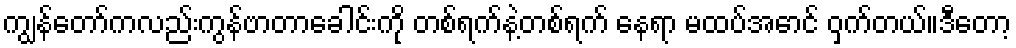
ကျွန်တော်ကလည်းကွန်ဗာတာခေါင်းကို တစ်ရက်နဲ့တစ်ရက် နေရာ မထပ်အောင် ဝှက်တယ်။ဒီတော့